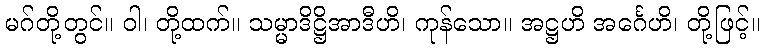
မဂ်တို့တွင်။ ဝါ၊ တို့ထက်။ သမ္မာဒိဋ္ဌိအာဒီဟိ၊ ကုန်သော။ အဋ္ဌဟိ အင်္ဂေဟိ၊ တို့ဖြင့်။